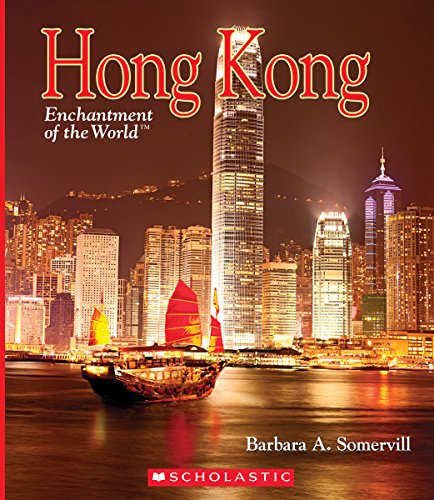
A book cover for Hong Kong (Enchantment of the World. Second Series); Barbara A. Somervill; History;